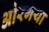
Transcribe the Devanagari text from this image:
ओरगया